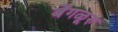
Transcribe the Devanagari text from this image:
बेंगळूरु